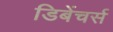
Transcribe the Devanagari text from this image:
डिबेंचर्स